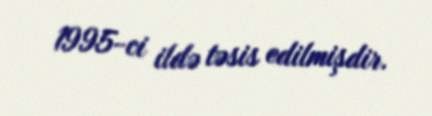
1995-ci ildə təsis edilmişdir.